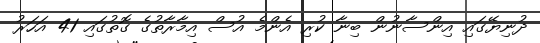
ދުނިޔޭގައި އިންސާނުން ބިނާ ކުރި އެންމެ އުސް އިމާރާތުގެ ގޮތުގައި 41 އަހަރު